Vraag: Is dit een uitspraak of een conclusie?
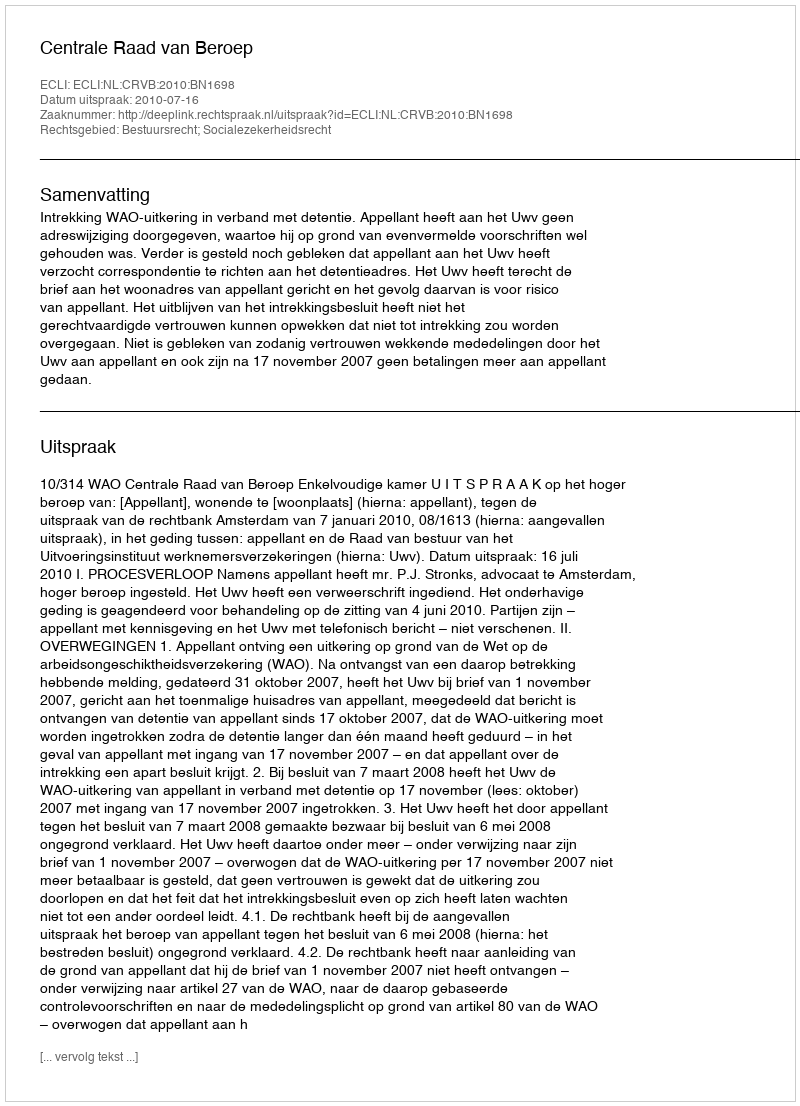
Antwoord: Uitspraak